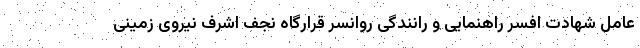
عامل شهادت افسر راهنمایی و رانندگی روانسر قرارگاه نجف اشرف نیروی زمینی